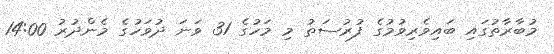
މުބާރާތުގައި ބައިވެރިވުމުގެ ފުރުސަތު މި މަހުގެ 31 ވަނަ ދުވަހުގެ މެންދުރު 14:00